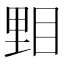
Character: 𥆤